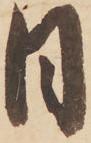
日